Report on plague in the Punjab from October 1st ... to September 30th ..., being the ... season of plague in the province
Disease focus: Plague
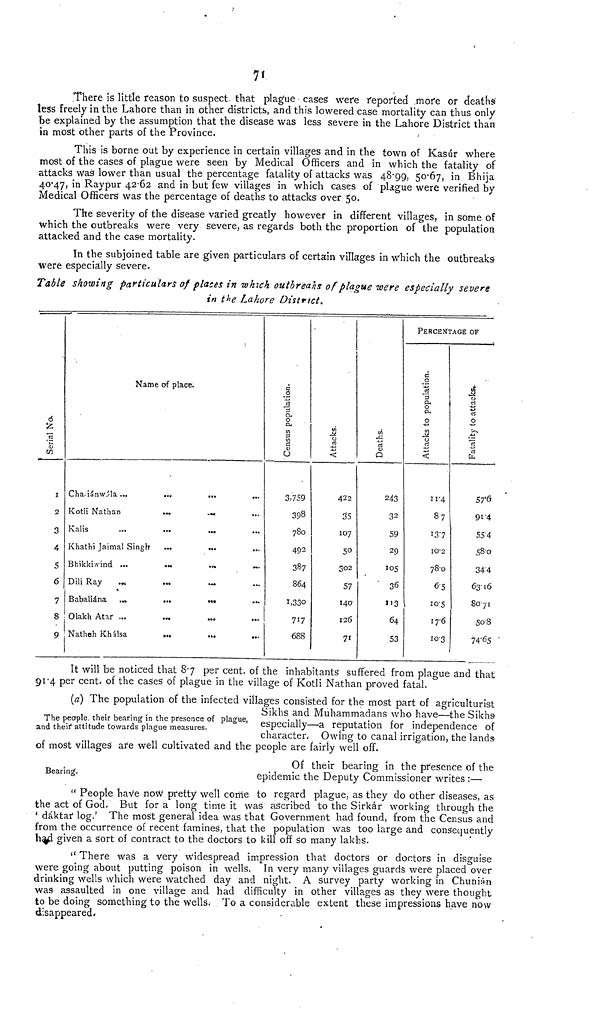
7*
.There is little reason to suspect that plague cases' were reported more or deaths
less freely in the Lahore than in other districts, and this lowered case mortality can thus only
be explained by the assumption that the disease was less severe in the Lahore District than
in most other parts of the Province.
This is borne out by experience in certain villages and in the town of Kasur where
most of the cases of plague were seen by Medical Officers and in which the fatality of
attacks Was lower than usual the percentage fatality of attacks was 48-99, 50-67, in Bhija
40*47, in Raypur 42-62 and in but few villages in which cases of plague were verified by
Medical Officers was the percentage of deaths to attacks over 50.
The severity of the disease varied greatly however in different villages, in some of
which the outbreaks were very severe, as regards both the proportion of the population
attacked and the case mortality.
In the subjoined table are given particulars of certain villages in which the outbreaks
were especially severe.
Table showing particulars of places in which outbreaks of plague were especially severe
in t^e Lahore District.
-
6
tz
'\-
D
w
I
2
3
4
5
6
7
8
9
Name of place.
Cha.i^nw.'la...
...
...
Kotli Nathan
...
...
Kalis
...
...
...
Khathi Jaimal Singh
...
...
Bhikkiivind ...
.»
.»
...
Dili Ray
.«
Babaliana
,„
...
•»•
1
Olakh Atar ...
Natheh KhSlsa
1
£
Cu
0
cu
Wl
S3
a
6
3.759
398
780
492
387
864
1.330
717
ess
vi
M
1
<
422
35
107
50
302
57
140'
126
7i
c/5
-C
"rt
<u
Q
243
32
59
29
10S
' 36
»>3
64
53
PERCENTAGE OF
Attacks to population.
11-4
87
137
lt> - 2
78-0
6-5
10S
176
103
i
a
O
t»~>
li
fa
57-6
91-4
55'4
58-0
344
63'16
8071
50-S
74-65 '
It will be noticed that 87 per cent, of the inhabitants suffered from plague and that
91-4 per cent, of the cases of plague in the village of Kotli Nathan proved fatal.
The people, their bearing in the presence of plague,
and theif attitude towards plague measures.
(a) The population of the infected villages consisted for the most part of agriculturist
Sikhs and Muhammadans who have—the Sikhs'
especially—a reputation for independence of
character. Owing to canal irrigation, the lands
of most villages are well cultivated and the people are fairly well off.
Bearing.
Of their bearing in the presence of the
epidemic the Deputy Commissioner writes :—
" People have now pretty well come to regard plague, as they do other diseases, as
the act of God. But for a long time it was ascribed to the Sirkar working through the
' daktar log.' The most general idea was that Government had found, from the Census and
from the occurrence of recent famines, that the population was too large and consequently
h%pl given a sort of contract to the doctors to kill off so many lakhs.
" There was a very Widespread impression that doctors or doctors in disguise
were going about putting poison in wells. In very many villages guards were placed over
drinking wells which were watched day and night. A survey party working in ChuniAn
was assaulted in one village and had difficulty in other villages as they were thought
to be doing something to the wells. To a considerable extent these impressions have now
disappeared.